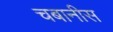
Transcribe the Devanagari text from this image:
चबानीस